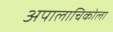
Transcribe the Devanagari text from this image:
अपालाचिकोला